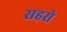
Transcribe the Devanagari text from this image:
सहसे